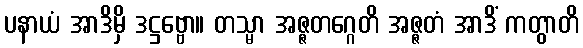
ပနာယံ အာဒိမှိ ဒဋ္ဌဗ္ဗော။ တသ္မာ အဇ္ဇတဂ္ဂေတိ အဇ္ဇတံ အာဒိံ ကတွာတိ